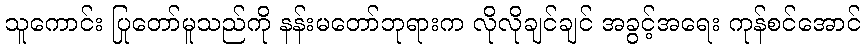
သူကောင်း ပြုတော်မူသည်ကို နန်းမတော်ဘုရားက လိုလိုချင်ချင် အခွင့်အရေး ကုန်စင်အောင်